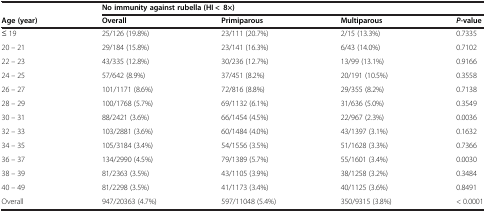
<table><thead><tr><td><b> </b></td><td colspan="4"><b>No immunity against rubella (HI &lt;8×)</b></td></tr><tr><td><b>Age (year)</b></td><td><b>Overall</b></td><td><b>Primiparous</b></td><td><b>Multiparous</b></td><td><b><i>P</i>-value</b></td></tr></thead><tbody><tr><td>≤ 19</td><td>25/126 (19.8%)</td><td>23/111 (20.7%)</td><td>2/15 (13.3%)</td><td>0.7335</td></tr><tr><td>20 – 21</td><td>29/184 (15.8%)</td><td>23/141 (16.3%)</td><td>6/43 (14.0%)</td><td>0.7102</td></tr><tr><td>22 – 23</td><td>43/335 (12.8%)</td><td>30/236 (12.7%)</td><td>13/99 (13.1%)</td><td>0.9166</td></tr><tr><td>24 – 25</td><td>57/642 (8.9%)</td><td>37/451 (8.2%)</td><td>20/191 (10.5%)</td><td>0.3558</td></tr><tr><td>26 – 27</td><td>101/1171 (8.6%)</td><td>72/816 (8.8%)</td><td>29/355 (8.2%)</td><td>0.7138</td></tr><tr><td>28 – 29</td><td>100/1768 (5.7%)</td><td>69/1132 (6.1%)</td><td>31/636 (5.0%)</td><td>0.3549</td></tr><tr><td>30 – 31</td><td>88/2421 (3.6%)</td><td>66/1454 (4.5%)</td><td>22/967 (2.3%)</td><td>0.0036</td></tr><tr><td>32 – 33</td><td>103/2881 (3.6%)</td><td>60/1484 (4.0%)</td><td>43/1397 (3.1%)</td><td>0.1632</td></tr><tr><td>34 – 35</td><td>105/3184 (3.4%)</td><td>54/1556 (3.5%)</td><td>51/1628 (3.3%)</td><td>0.7366</td></tr><tr><td>36 – 37</td><td>134/2990 (4.5%)</td><td>79/1389 (5.7%)</td><td>55/1601 (3.4%)</td><td>0.0030</td></tr><tr><td>38 – 39</td><td>81/2363 (3.5%)</td><td>43/1105 (3.9%)</td><td>38/1258 (3.2%)</td><td>0.3484</td></tr><tr><td>40 – 49</td><td>81/2298 (3.5%)</td><td>41/1173 (3.4%)</td><td>40/1125 (3.6%)</td><td>0.8491</td></tr><tr><td>Overall</td><td>947/20363 (4.7%)</td><td>597/11048 (5.4%)</td><td>350/9315 (3.8%)</td><td>&lt; 0.0001</td></tr></tbody></table>